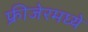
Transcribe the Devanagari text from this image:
फ्रीजेरमध्ये